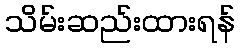
သိမ်းဆည်းထားရန်